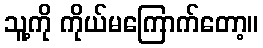
သူ့ကို ကိုယ်မကြောက်တော့။